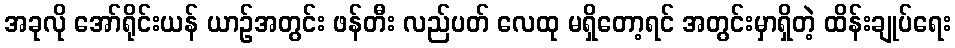
အခုလို အော်ရိုင်းယန် ယာဉ်အတွင်း ဖန်တီး လည်ပတ် လေထု မရှိတော့ရင် အတွင်းမှာရှိတဲ့ ထိန်းချုပ်ရေး